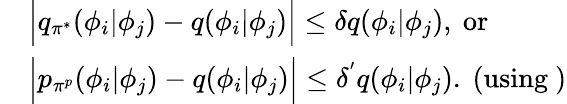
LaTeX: \begin{array}{rl}&{\Big|q_{\pi^{*}}(\phi_{i}|\phi_{j})-q(\phi_{i}|\phi_{j})\Big|\le\delta q(\phi_{i}|\phi_{j}),\mathrm{~or}}\\ &{\Big|p_{\pi^{p}}(\phi_{i}|\phi_{j})-q(\phi_{i}|\phi_{j})\Big|\le\delta^{'}q(\phi_{i}|\phi_{j}).\mathrm{~(using~)}}\end{array}